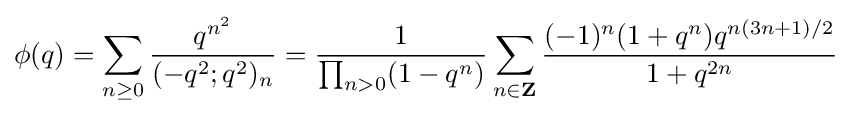
\phi (q)=\sum _{n\geq 0}{\frac {q^{n^{2}}}{(-q^{2};q^{2})_{n}}}={\frac {1}{\prod _{n>0}(1-q^{n})}}\sum _{n\in \mathbf {Z} }{\frac {(-1)^{n}(1+q^{n})q^{n(3n+1)/2}}{1+q^{2n}}}